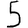
Digit: 5